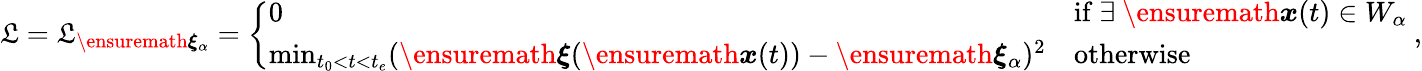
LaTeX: \mathfrak{L}=\mathfrak{L}_{\ensuremath{{\boldsymbol{\xi}}}_{\alpha}}=\left\{ \begin{array}{ll}{0}&{\mathrm{if}\ \exists\ \ensuremath{\boldsymbol{{x}}}(t)\in W_{\alpha}}\\ {\operatorname*{min}_{t_{0}<t<t_{e}}(\ensuremath{\boldsymbol{\xi}}(\ensuremath{\boldsymbol{{x}}}(t))-\ensuremath{\boldsymbol{\xi}}_{\alpha})^{2}}&{\mathrm{otherwise}}\end{array}\right.\ ,